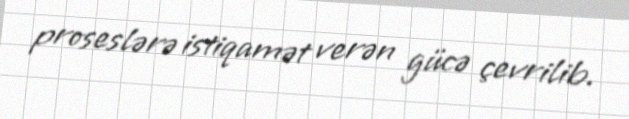
proseslərə istiqamət verən gücə çevrilib.